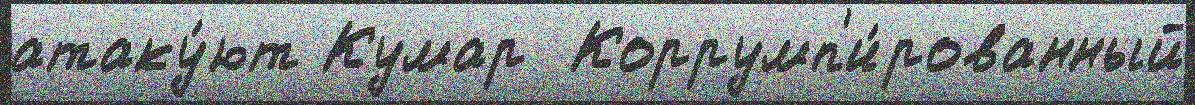
атаку́ют Кумар  Коррумп'и́рованный